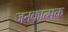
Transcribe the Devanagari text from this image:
जनकात्मक